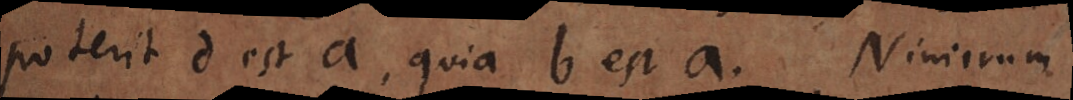
poterit d est a, quia b est a. Nimirum